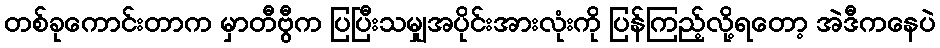
တစ်ခုကောင်းတာက မှာတီဗွီက ပြပြီးသမျှအပိုင်းအားလုံးကို ပြန်ကြည့်လို့ရတော့ အဲဒီကနေပဲ